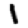
Digit: 1